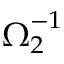
\boldsymbol { \Omega } _ { 2 } ^ { - 1 }